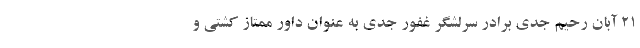
۲۱ آبان رحیم جدی برادر سرلشگر غفور جدی به عنوان داور ممتاز کشتی و